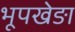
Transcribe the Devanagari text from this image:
भूपखेङा